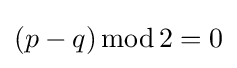
(p-q)\operatorname {mod} 2=0